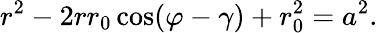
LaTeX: r^{2}-2rr_{0}\cos(\varphi-\gamma)+r_{0}^{2}=a^{2}.